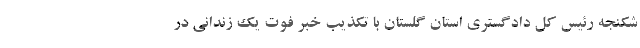
شکنجه رئیس کل دادگستری استان گلستان با تکذیب خبر فوت یک زندانی در